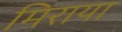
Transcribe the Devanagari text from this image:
मिराया